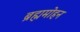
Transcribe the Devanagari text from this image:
ब्रह्ममोहन